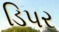
ડિપર